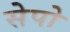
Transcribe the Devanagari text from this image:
सेपो